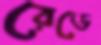
রেডে